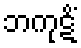
ဘကုဋိံ